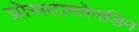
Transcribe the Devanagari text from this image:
प्रोसटाग्लेनडिन